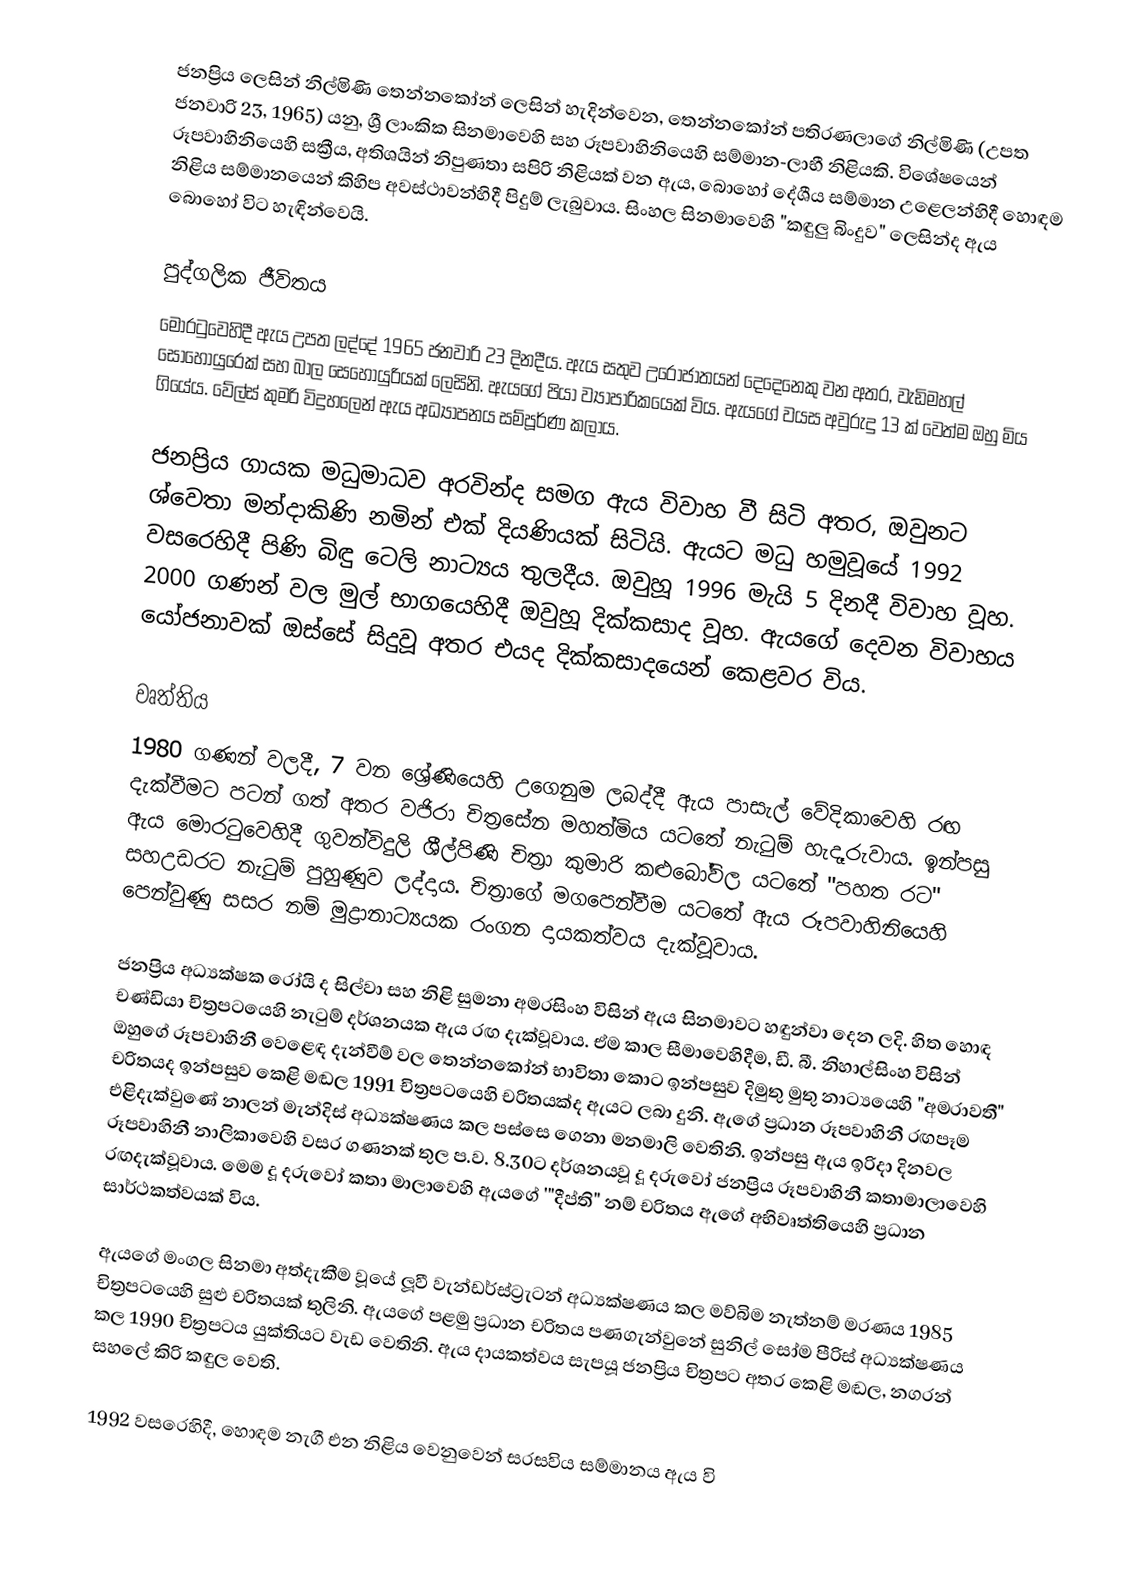
ජනප්‍රිය ලෙසින් නිල්මිණි තෙන්නකෝන් ලෙසින් හැදින්වෙන, තෙන්නකෝන් පතිරණලාගේ නිල්මිණි (උපත ජනවාරි 23, 1965) යනු, ශ්‍රී ලාංකික සිනමාවෙහි සහ රූපවාහිනියෙහි සම්මාන-ලාභී නිළියකි. විශේෂයෙන් රූපවාහිනියෙහි සක්‍රීය, අතිශයින් නිපුණතා සපිරි නිළියක් වන ඇය, බොහෝ දේශීය සම්මාන උළෙලන්හිදී හොඳම නිළිය සම්මානයෙන් කිහිප අවස්ථාවන්හිදී පිදුම් ලැබුවාය. සිංහල සිනමාවෙහි  "කඳුලු බිංදුව" ලෙසින්ද  ඇය බොහෝ විට හැඳින්වෙයි.

පුද්ගලික ජීවිතය
මොරටුවෙහිදී ඇය උපත ලද්දේ 1965 ජනවාරි 23 දිනදීය. ඇය සතුව උරෝජාතයන් දෙදෙනෙකු වන අතර, වැඩිමහල් සොහොයුරෙක් සහ බාල සෙහොයුරියක් ලෙසිනි. ඇයගේ පියා ව්‍යාපාරිකයෙක් විය. ඇයගේ වයස අවුරුදු 13 ක් වෙත්ම ඔහු මිය ගියේය. වේල්ස් කුමරි විදුහලෙන් ඇය අධ්‍යාපනය සම්පූර්ණ කලාය.

ජනප්‍රිය ගායක මධුමාධව අරවින්ද සමග ඇය විවාහ වී සිටි අතර, ඔවුනට ශ්වෙතා මන්දාකිණි නමින් එක් දියණියක් සිටියි. ඇයට මධු හමුවූයේ 1992 වසරෙහිදී පිණි බිඳු ටෙලි නාට්‍යය තුලදීය. ඔවුහූ 1996 මැයි 5 දිනදී විවාහ වූහ. 2000 ගණන් වල මුල් භාගයෙහිදී ඔවුහූ දික්කසාද වූහ. ඇයගේ දෙවන විවාහය යෝජනාවක් ඔස්සේ සිදුවූ අතර එයද දික්කසාදයෙන් කෙළවර විය.

වෘත්තිය
1980 ගණන් වලදී, 7 වන ශ්‍රේණියෙහි උගෙනුම ලබද්දී ඇය පාසැල් වේදිකාවෙහි රඟ දැක්වීමට පටන් ගත් අතර වජිරා චිත්‍රසේන මහත්මිය යටතේ නැටුම් හැදෑරුවාය. ඉන්පසු ඇය මොරටුවෙහිදී ගුවන්විදුලි ශීල්පිණි චිත්‍රා කුමාරි කළුබෝවිල යටතේ "පහත රට" සහඋඩරට නැටුම් පුහුණුව ලද්දාය. චිත්‍රාගේ මගපෙන්වීම යටතේ ඇය රූපවාහිනියෙහි  පෙන්වුණු සසර නම් මුද්‍රානාට්‍යයක රංගන දායකත්වය දැක්වූවාය.

ජනප්‍රිය අධ්‍යක්ෂක රෝයි ද සිල්වා සහ නිළි සුමනා අමරසිංහ විසින් ඇය සිනමාවට හඳුන්වා දෙන ලදි. හිත හොඳ චණ්ඩියා චිත්‍රපටයෙහි නැටුම් දර්ශනයක ඇය රඟ දැක්වූවාය. ඒම කාල සීමාවෙහිදීම, ඩී. බී. නිහාල්සිංහ විසින් ඔහුගේ රූපවාහිනී වෙළෙඳ දැන්වීම් වල තෙන්නකෝන් භාවිතා කොට ඉන්පසුව දිමුතු මුතු නාට්‍යයෙහි "අමරාවතී" චරිතයද ඉන්පසුව කෙළි මඬල 1991 චිත්‍රපටයෙහි චරිතයක්ද ඇයට ලබා දුනි. ඇගේ ප්‍රධාන රූපවාහිනී රඟපෑම එළිදැක්වුණේ නාලන් මැන්දිස් අධ්‍යක්ෂණය කල පස්සෙ ගෙනා මනමාලි වෙතිනි. ඉන්පසු ඇය ඉරිදා දිනවල රූපවාහිනී නාලිකාවෙහි වසර ගණනක් තුල ප.ව. 8.30ට දර්ශනයවූ දූ දරුවෝ ජනප්‍රිය රූපවාහිනී කතාමාලාවෙහි රඟදැක්වූවාය.  මෙම  දූ දරුවෝ කතා මාලාවෙහි ඇයගේ '"දීප්ති" නම් චරිතය ඇගේ අභිවෘත්තියෙහි ප්‍රධාන සාර්ථකත්වයක් විය.

ඇයගේ මංගල සිනමා අත්දැකීම වූයේ ලූවී වැන්ඩර්ස්ට්‍රැටන් අධ්‍යක්ෂණය කල මව්බිම නැත්නම් මරණය 1985 චිත්‍රපටයෙහි සුළු චරිතයක් තුලිනි. ඇයගේ පළමු ප්‍රධාන චරිතය පණගැන්වුනේ සුනිල් සෝම පීරිස් අධ්‍යක්ෂණය කල 1990 චිත්‍රපටය යුක්තියට වැඩ වෙතිනි. ඇය දායකත්වය සැපයූ ජනප්‍රිය චිත්‍රපට අතර කෙළි මඬල, නගරන් සහලේ කිරි කඳුල වෙති.

1992 වසරෙහිදී, හොඳම නැගී එන නිළිය වෙනුවෙන් සරසවිය සම්මානය ඇය වි